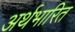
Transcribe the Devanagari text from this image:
अर्थभारित